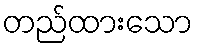
တည်ထားသော